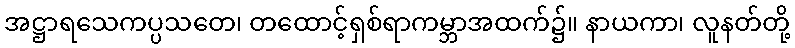
အဋ္ဌာရသေကပ္ပသတေ၊ တထောင့်ရှစ်ရာကမ္ဘာအထက်၌။ နာယကာ၊ လူနတ်တို့